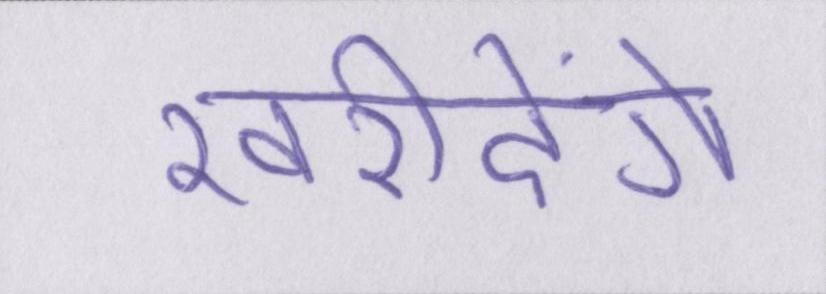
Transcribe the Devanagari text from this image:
खरीदेंगे